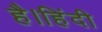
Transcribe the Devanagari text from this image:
है।हिंदी